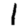
Digit: 1